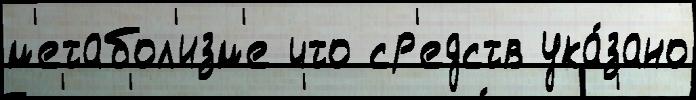
м'етабол'изм'е что ср'едств ука́зано